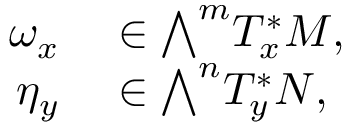
\begin{array} { r l } { \omega _ { x } } & { { } \in { \textstyle \bigwedge } ^ { m } T _ { x } ^ { * } M , } \\ { \eta _ { y } } & { { } \in { \textstyle \bigwedge } ^ { n } T _ { y } ^ { * } N , } \end{array}